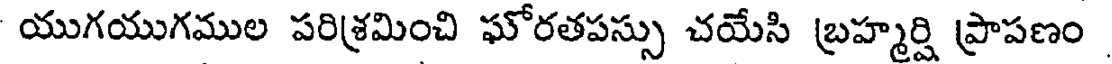
యుగయుగముల పరిశ్రమించి ఘోరతపస్సు చయేసి బ్రహ్మర్షి ప్రాపణం